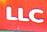
llc